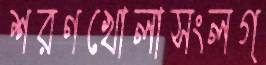
শরণখোলাসংলগ্